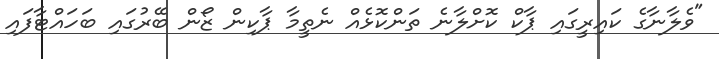
"ވެލާނާގެ ކައިރީގައި ޕާކް ކޮށްލާނެ ތަންކޮޅެއް ނެތީމާ ޕާކިން ޒޯން ބޭރުގައި ބަހައްޓާފައި